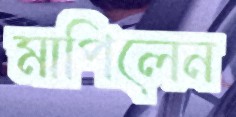
মাপিলেন